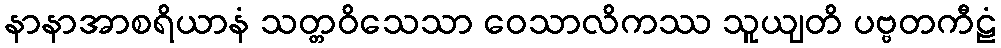
နာနာအာစရိယာနံ သတ္တဝိသေသာ ဝေသာလိကဿ သူယျတိ ပဗ္ဗတကီဠံ